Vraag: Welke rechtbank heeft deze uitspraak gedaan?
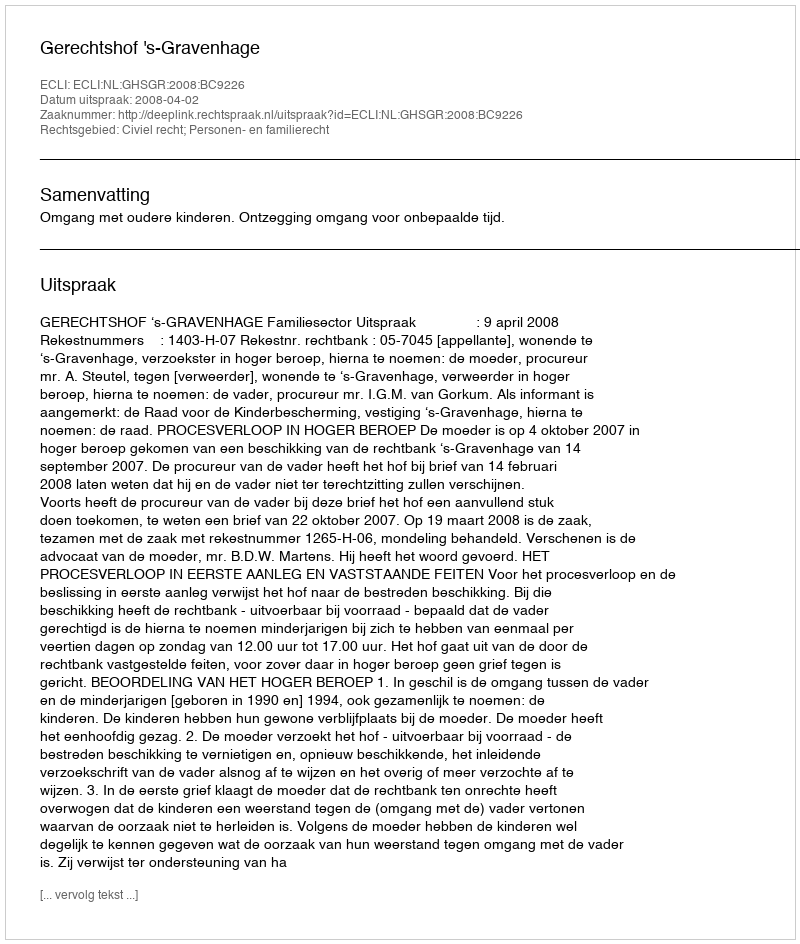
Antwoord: Gerechtshof 's-Gravenhage